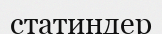
статиндер